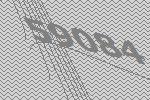
59084